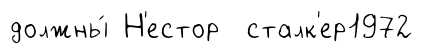
должны́ Н'естор сталк'ер1972